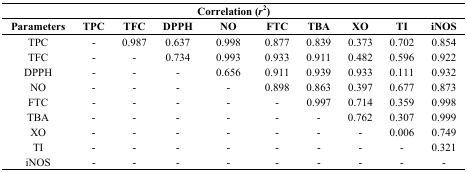
| <COLSPAN=10> Correlation (r2) |
 | Parameters | TPC | TFC | DPPH | NO | FTC | TBA | XO | TI | iNOS |
 | --- | --- | --- | --- | --- | --- | --- | --- | --- | --- |
 | TPC | - | 0.987 | 0.637 | 0.998 | 0.877 | 0.839 | 0.373 | 0.702 | 0.854 |
 | TFC | - | - | 0.734 | 0.993 | 0.933 | 0.911 | 0.482 | 0.596 | 0.922 |
 | DPPH | - | - | - | 0.656 | 0.911 | 0.939 | 0.933 | 0.111 | 0.932 |
 | NO | - | - | - | - | 0.898 | 0.863 | 0.397 | 0.677 | 0.873 |
 | FTC | - | - | - | - | - | 0.997 | 0.714 | 0.359 | 0.998 |
 | TBA | - | - | - | - | - | - | 0.762 | 0.307 | 0.999 |
 | XO | - | - | - | - | - | - | - | 0.006 | 0.749 |
 | TI | - | - | - | - | - | - | - | - | 0.321 |
 | iNOS | - | - | - | - | - | - | - | - | - |